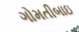
ગોમતીબાઇ